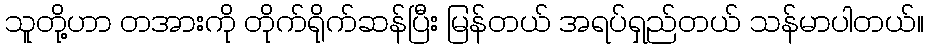
သူတို့ဟာ တအားကို တိုက်ရိုက်ဆန်ပြီး မြန်တယ် အရပ်ရှည်တယ် သန်မာပါတယ်။